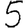
Digit: 5